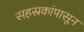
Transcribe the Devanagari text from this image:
सहस्रकांपासून